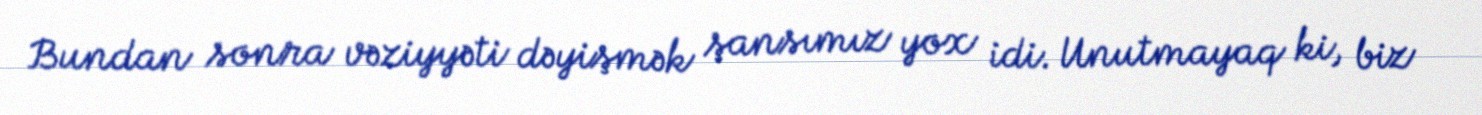
Bundan sonra vəziyyəti dəyişmək şansımız yox idi. Unutmayaq ki, biz